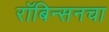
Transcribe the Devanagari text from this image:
रॉबिन्सनचा